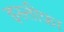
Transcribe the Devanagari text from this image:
इस्‍तीफ़ा